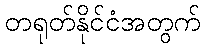
တရုတ်နိုင်ငံအတွက်